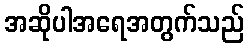
အဆိုပါအရေအတွက်သည်